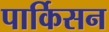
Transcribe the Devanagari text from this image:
पार्किसन